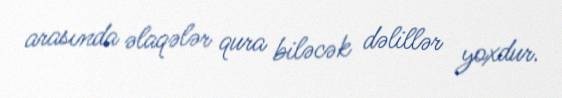
arasında əlaqələr qura biləcək dəlillər yoxdur.